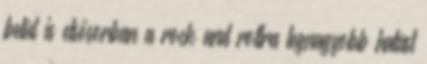
belül is elsősorban a rock and rollra legnagyobb hatást